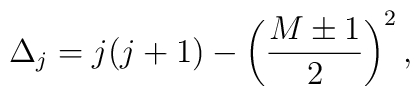
\Delta_j=j(j+1)-\left({M\pm 1\over 2}\right)^2,